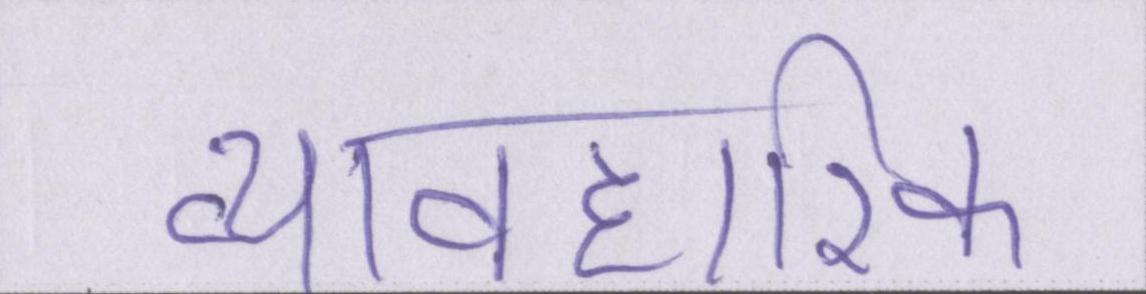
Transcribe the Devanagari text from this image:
व्यावहारिक